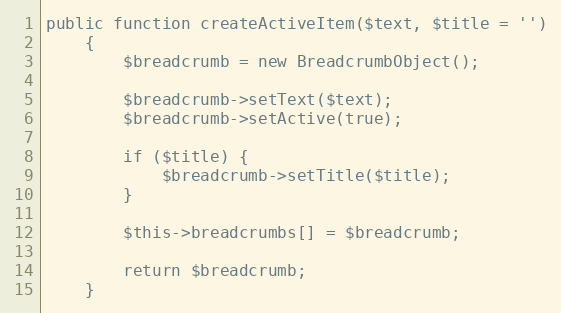
Language: PHP
public function createActiveItem($text, $title = '')
    {
        $breadcrumb = new BreadcrumbObject();

        $breadcrumb->setText($text);
        $breadcrumb->setActive(true);

        if ($title) {
            $breadcrumb->setTitle($title);
        }

        $this->breadcrumbs[] = $breadcrumb;

        return $breadcrumb;
    }